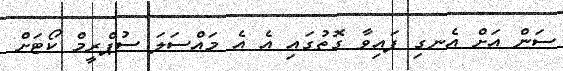
ސަން އަށް އެނގި ފައިވާ ގޮތުގައި އެ އެ މައްސަލަ ސުޕްރީމް ކޯޓަށް